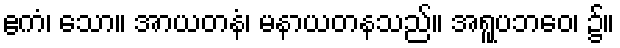
ဧကံ၊ သော။ အာယတနံ၊ မနာယတနသည်။ အရူပဘဝေ၊ ၌။